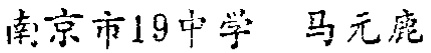
南京市19中学 马元鹿